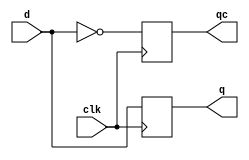
module Dff(clk,d,q,qc);
input clk,d;
output q,qc;
reg q,qc;
initial
begin
q=0;
qc=1;
end
always @(posedge clk)
begin
    q=d;
    qc=!q;
end
endmodule